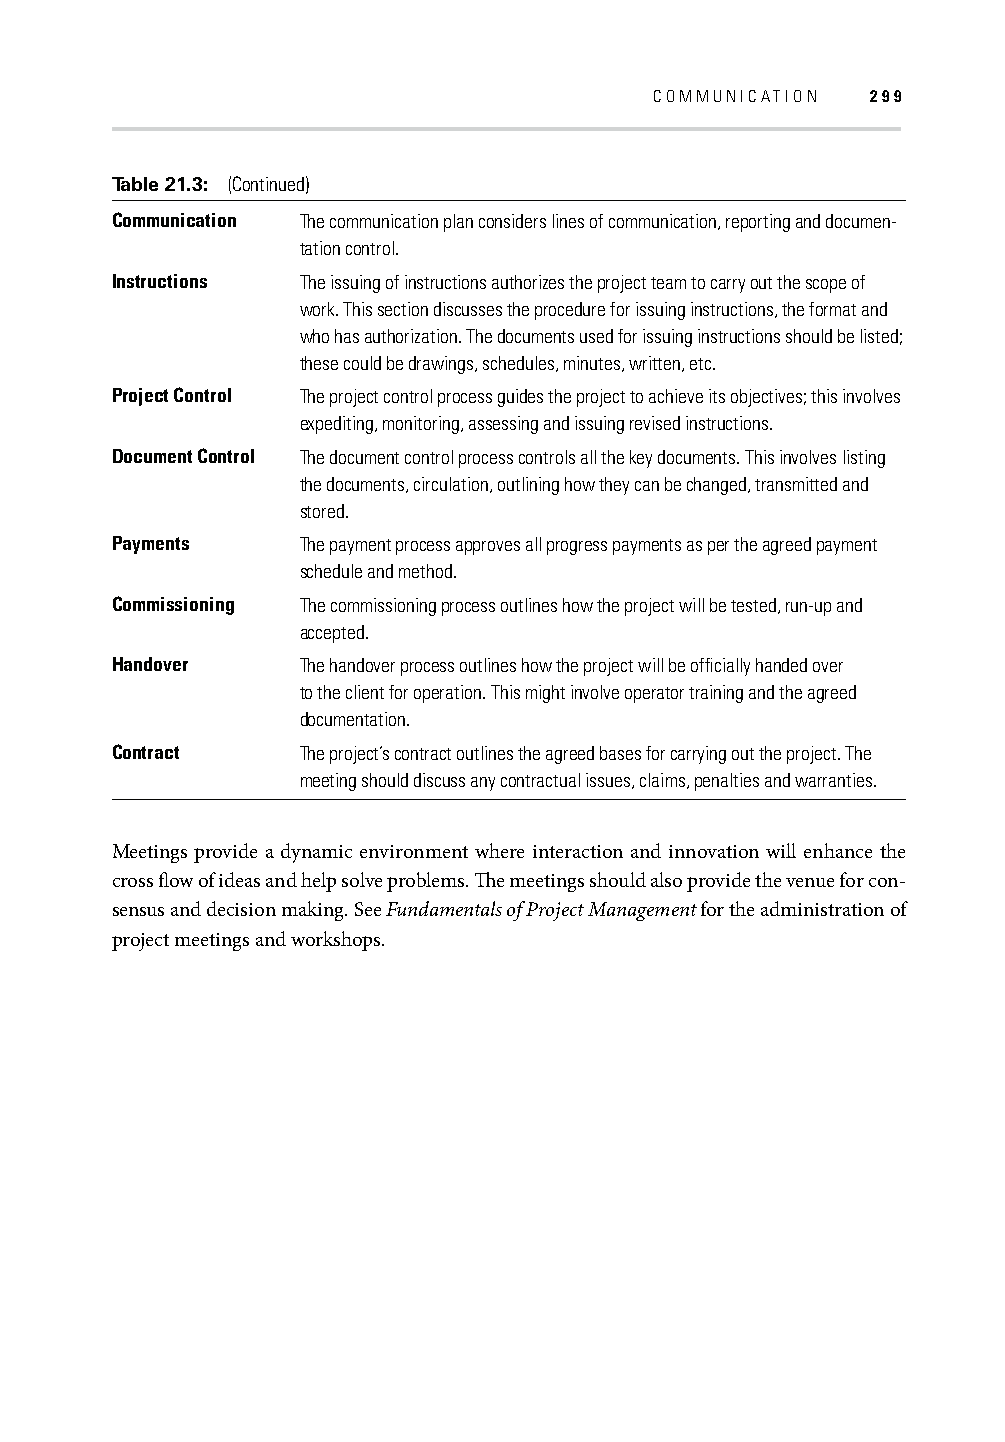
COMMUNICATION  299
 Table 21.3: (Continued)
 Communication The communication plan considers lines of communication, reporting and documen-
 tation control.
 Instructions The issuing of instructions authorizes the project team to carry out the scope of
 work. This section discusses the procedure for issuing instructions, the format and
 who has authorization. The documents used for issuing instructions should be listed;
 these could be drawings, schedules, minutes, written, etc.
 Project Control The project control process guides the project to achieve its objectives; this involves
 expediting, monitoring, assessing and issuing revised instructions.
 Document Control The document control process controls all the key documents. This involves listing
 the documents, circulation, outlining how they can be changed, transmitted and
 stored.
 Payments     The payment process approves all progress payments as per the agreed payment
 schedule and method.
 Commissioning The commissioning process outlines how the project will be tested, run-up and
 accepted.
 Handover     The handover process outlines how the project will be offi cially handed over
 to the client for operation. This might involve operator training and the agreed
 documentation.
 Contract     The project’s contract outlines the agreed bases for carrying out the project. The
 meeting should discuss any contractual issues, claims, penalties and warranties.
 Meetings provide a dynamic environment where interaction and innovation will enhance the
 cross fl ow of ideas and help solve problems. Th e meetings should also provide the venue for con-
 sensus and decision making. See Fundamentals of Project Management for the administration of
 project meetings and workshops.